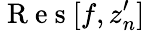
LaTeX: \mathrm{~R~e~s~}[f,z_{n}^{\prime}]